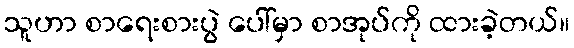
သူဟာ စာရေးစားပွဲ ပေါ်မှာ စာအုပ်ကို ထားခဲ့တယ်။